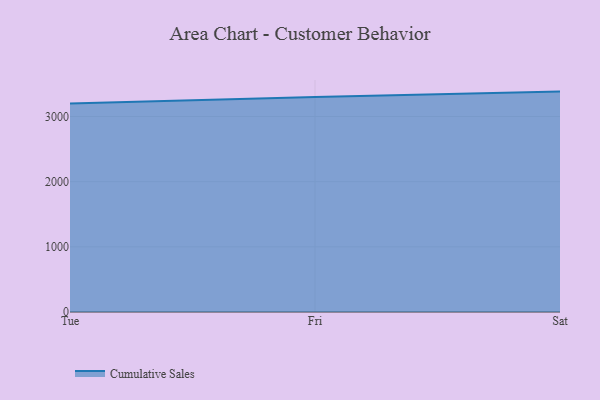
{"axis": {"x": "Day", "y": "Temperature (°C)"}, "legend": ["Cumulative Sales"], "data": [{"x": "Tue", "y": 3198.3, "type": "Cumulative Sales"}, {"x": "Fri", "y": 3299.7, "type": "Cumulative Sales"}, {"x": "Sat", "y": 3382.5, "type": "Cumulative Sales"}]}